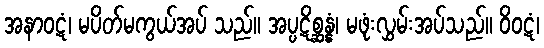
အနာဝဋံ၊ မပိတ်မကွယ်အပ် သည်။ အပ္ပဋိစ္ဆန္နံ၊ မဖုံးလွှမ်းအပ်သည်။ ဝိဝဋံ၊